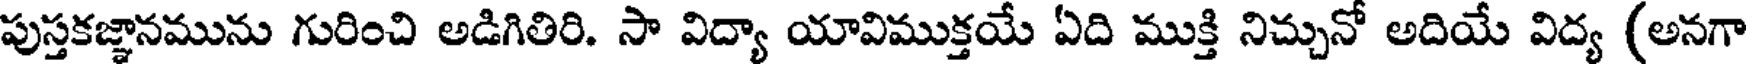
పుస్తకజ్ఞానమును గురించి అడిగితిరి. సా విద్యా యావిముక్తయే ఏది ముక్తి నిచ్చునో అదియే విద్య (అనగా